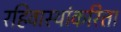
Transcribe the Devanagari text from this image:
रहिवास्यांकरिता